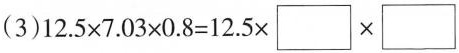
(3)$$12.5×7.03×0.8=12.5×\square×\square$$